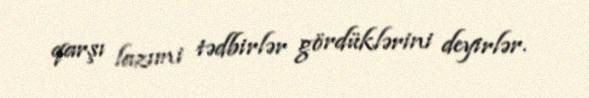
qarşı lazımi tədbirlər gördüklərini deyirlər.